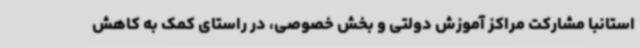
استانبا مشارکت مراکز آموزش دولتی و بخش خصوصی، در راستای کمک به کاهش